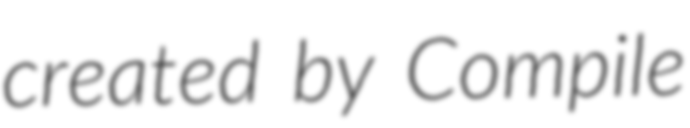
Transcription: created by Compile